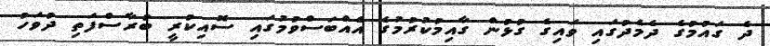
ދެ ގައުމުގެ ދެމެދުގައި ވައިގެ ގުޅުން ގާއިމުކުރުމުގެ އެއްބަސްވުމުގައި ސޮއިކުރީ ބުރާސްފަތި ދުވަހު